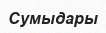
Сумыдары